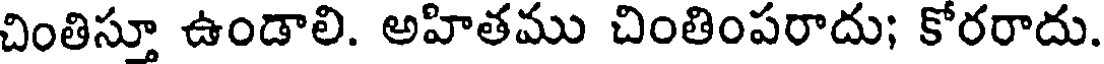
చింతిస్తూ ఉండాలి. అహితము చింతింపరాదు; కోరరాదు.